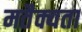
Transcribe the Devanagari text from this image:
मतैक्यता